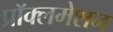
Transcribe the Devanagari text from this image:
प्रॉक्लमेशन